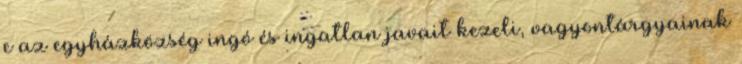
e az egyházközség ingó és ingatlan javait kezeli, vagyontárgyainak